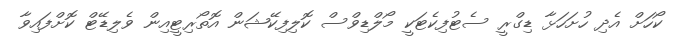
ކޯހަށް އެދި ހުށަހަޅާ ޑިގްރީ ސެޓުފިކެޓަކީ މޯލްޑިވްސް ކޮލިފިކޭޝަން އޮތޯރިޓީއިން ވެލިޑޭޓް ކޮށްފައިވާ